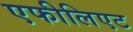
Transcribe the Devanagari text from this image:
एफीलिएट